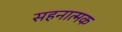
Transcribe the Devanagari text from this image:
सहनात्मक